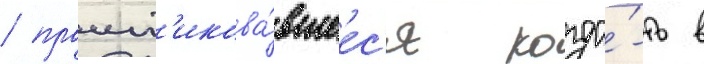
/ практ'икова́вшеес'я когда́-то в